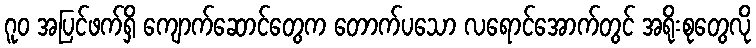
ဂူဝ အပြင်ဖက်ရှိ ကျောက်ဆောင်တွေက တောက်ပသော လရောင်အောက်တွင် အရိုးစုတွေလို